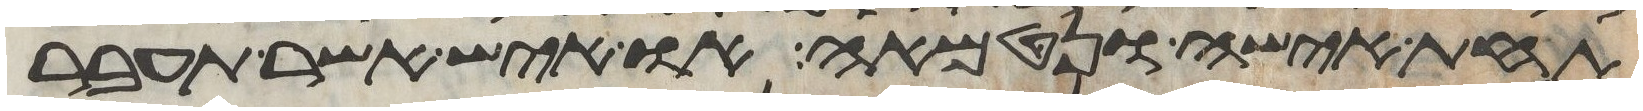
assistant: תחת אישה ונטמאה או איש אשר תעבר